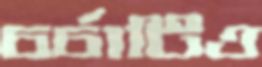
চর্চাটিও